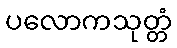
ပလောကသုတ္တံ